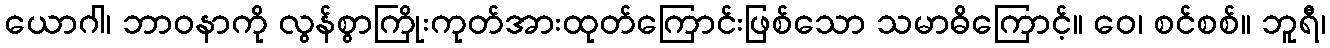
ယောဂါ၊ ဘာဝနာကို လွန်စွာကြိုးကုတ်အားထုတ်ကြောင်းဖြစ်သော သမာဓိကြောင့်။ ဝေ၊ စင်စစ်။ ဘူရီ၊